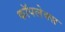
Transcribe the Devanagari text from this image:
कॉपलेक्स